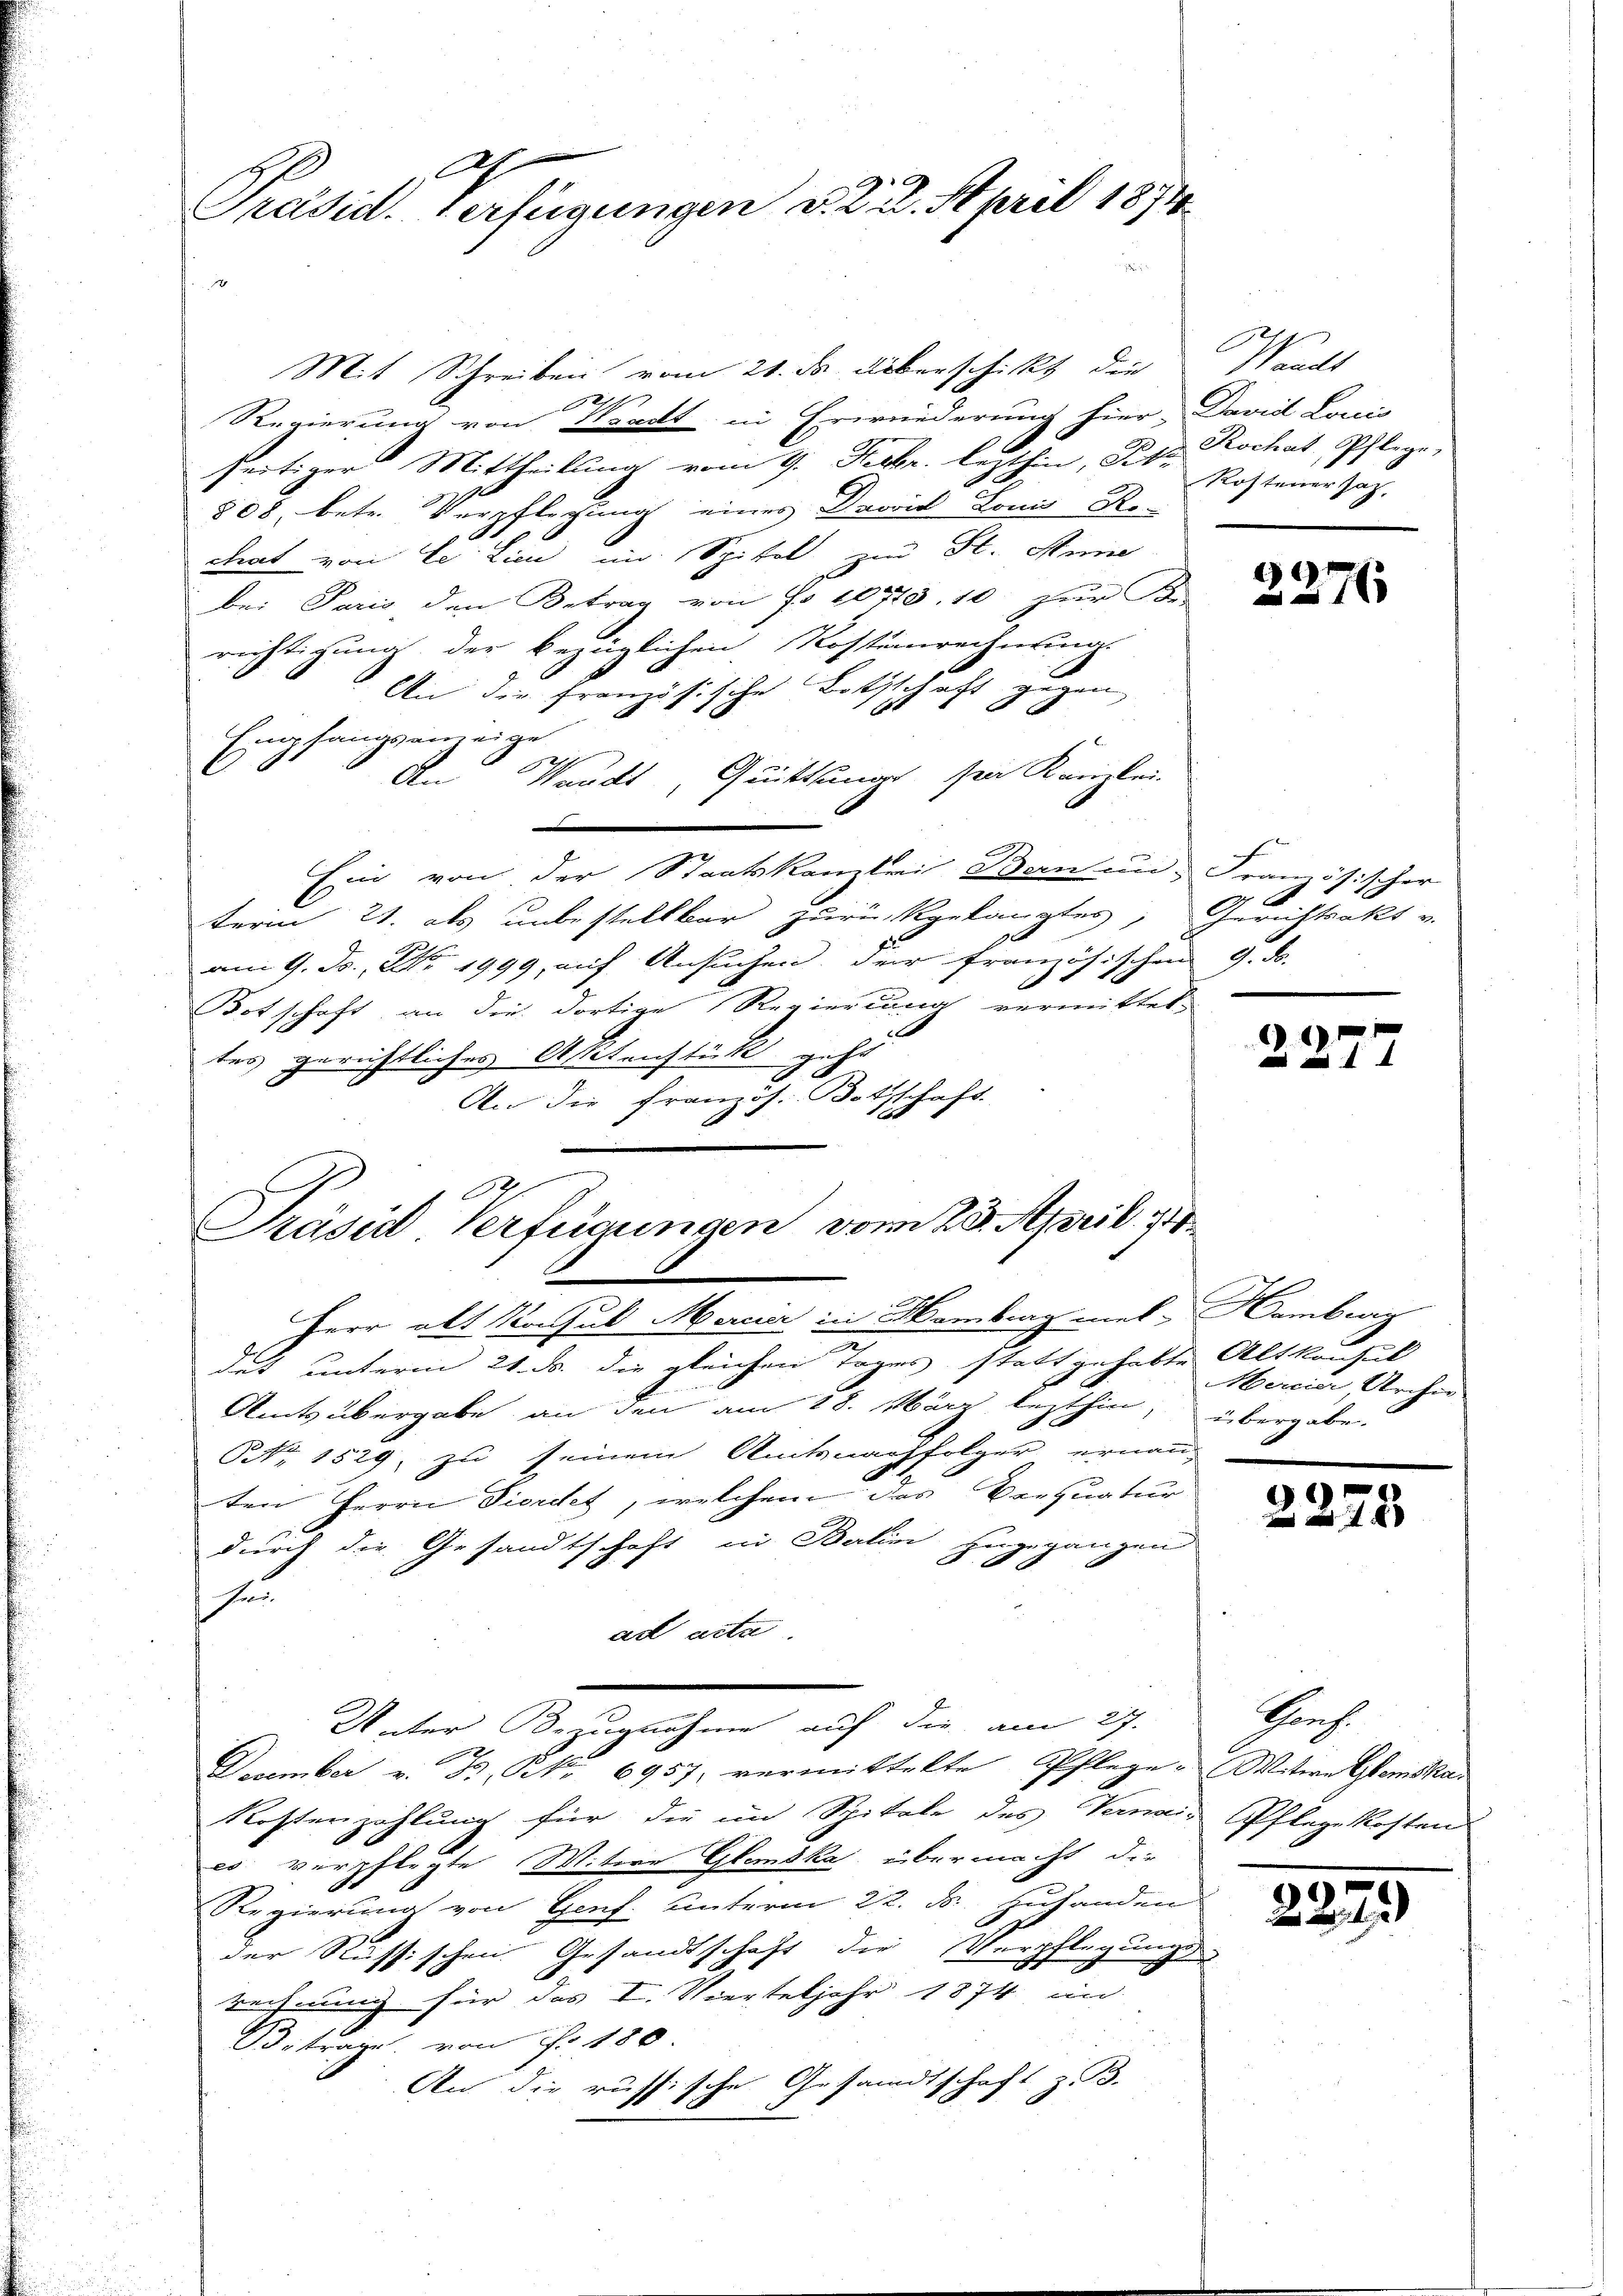
A
Präsid. Verfügungen d. d. 2. April 1874.

Mit Schreiben vom 21. ds. Überschickt die
ch
Regierung von Bradt in Erwiederung hier. David Lan

seitiger Mittheilung vom 9. Decbr. lezthin, Bett. Kochat Pflege,
808, betr. Verpflegung eines David Louis Ro-
trat von Le Lici im Spital zur St. Anne
bei Paris den Betrag von No 10723, 10 zur Be
rechtigung der bezüglichen Kostenrechnung.
An die französische Bothschaft gegen
Empfangsanzeige
An Waadt, Quittung sei Kanzlei-

Ein von der Staatskanzlei Bau un Französischer
Ferm 21. als unbestellbar zurückgelangten, Gerichtsakt v.
am 9. d. 1999, auf Ansuchen der französischen 9. d.
Botschaft, an die dortige Regierung vermittet,
tes gerichtliches Assitenstück geht
An die französ. Botschaft
e

621.
Präsid Verfügungen vom 28. April 188

Unter Bezugnahme auf die am 27.
2

Waadt
Rostener sah.

Herr alt Konsul Mercier in Hamberg mel-
2
det unterm 21. ds. die gleichen Tages statt gehabte Altkonsul
Amtsübergabe an den am 18. März lezthin, übergabe.
Nr. 1529, zu seinem Amtsnachfolger ernann
¬
ten Herrn Piordet, welchem das Verquatur
durch die Gesandtschaft in Balin zugegangen

hen
ad acta
December v. B. No 6957; vermittelte Pflege. Witwe Glomskas
Rostenzahlung für die im Spitale des Vermain Pflegekosten
es verpflegte Mitere Glaska übermacht, die
Regierung von Genf. unterm 22. ds. zuhanden
der Russischen Gesandtschaft die Verpflegungs-
rechnung für das I. Vierteljahr 1874 in
Betrage, von Fr. 180.
An die russische Gesandtschaft z. B.

)
1

2277

Hamburg
Mercier Archiv

22

2879

2

Prof.